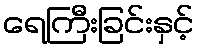
ရေကြီးခြင်းနှင့်